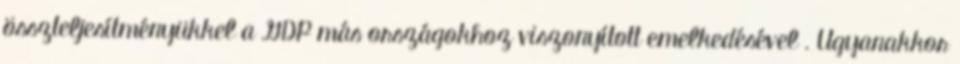
összteljesítményükkel a GDP más országokhoz viszonyított emelkedésével . Ugyanakkor